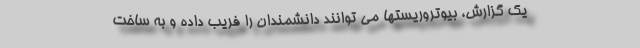
یک گزارش، بیوتروریستها می توانند دانشمندان را فریب داده و به ساخت